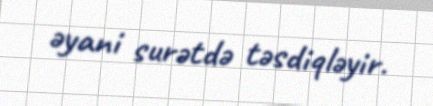
əyani surətdə təsdiqləyir.